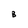
Character: B